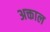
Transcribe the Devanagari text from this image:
अक्ताल